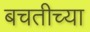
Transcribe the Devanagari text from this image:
बचतीच्या